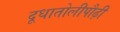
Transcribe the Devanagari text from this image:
दूधातोलीपौढ़ी